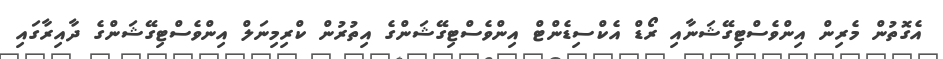
އެގޮތުން މެރިން އިންވެސްޓިގޭޝަނާއި ރޯޑް އެކްސިޑެންޓް އިންވެސްޓިގޭޝަންގެ އިތުރުން ކްރިމިނަލް އިންވެސްޓިގޭޝަންގެ ދާއިރާގައި